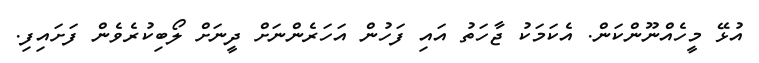
އުޅޭ މީހެއްނޫންކަން. އެކަމަކު ޖާހަތު އައި ފަހުން އަހަރެންނަށް ދީނަށް ލޯބިކުރެވެން ފަށައިފި.